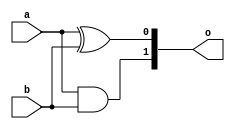
`timescale 1ns / 1ps
//////////////////////////////////////////////////////////////////////////////////
// Company: AMD 
// 
// Design Name: 
// Module Name: top
// Project Name: First Vivado Project
// Target Devices: 
// Tool Versions: 
// Description: 
// 
// Dependencies: 
// 
// Revision:
// Revision 0.01 - File Created
// Additional Comments:
// 
//////////////////////////////////////////////////////////////////////////////////



module AND_1(a, b, o);
    input a, b;
    output [1:0] o;
    assign o[1] = a & b;
    assign o[0] = a ^ b;
    
endmodule

module test;
    reg a, b;
    wire [1:0]o;
    
    AND_1 and_inst(a, b, o);
    
    initial
        begin
            #0 a = 1'b0; b = 1'b0;
            #10 a = 1'b1;
            #10 b = 1'b1;
            #10 b = 1'b0; a = 1'b0;
        
        end

    initial
        #100 $finish;
endmodule